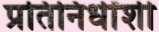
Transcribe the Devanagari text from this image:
प्रतिनिधींशी